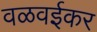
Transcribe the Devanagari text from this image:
वळवईकर